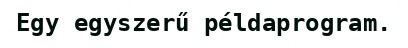
Egy egyszerű példaprogram.